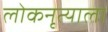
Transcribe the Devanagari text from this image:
लोकनृत्याला